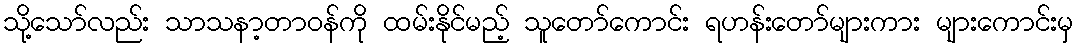
သို့သော်လည်း သာသနာ့တာဝန်ကို ထမ်းနိုင်မည့် သူတော်ကောင်း ရဟန်းတော်များကား များကောင်းမှ